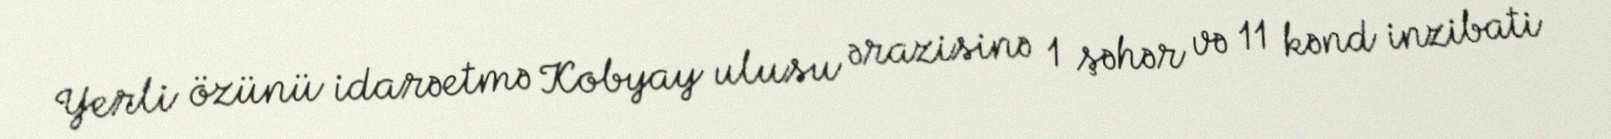
Yerli özünü idarəetmə Kobyay ulusu ərazisinə 1 şəhər və 11 kənd inzibati